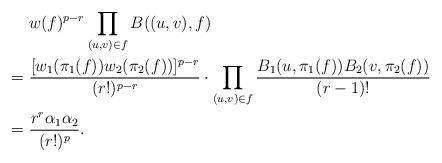
LaTeX: \begin{align*}&~w(f)^{p-r}\prod_{(u,v)\in f}B((u,v),f)\\= &~\frac{[w_1(\pi_1(f))w_2(\pi_2(f))]^{p-r}}{(r!)^{p-r}}\cdot\prod_{(u,v)\in f}\frac{B_1(u,\pi_1(f))B_2(v,\pi_2(f))}{(r-1)!}\\= &~\frac{r^r\alpha_1\alpha_2}{(r!)^p}.\end{align*}